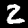
Label: 2